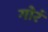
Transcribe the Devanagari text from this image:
गोरं